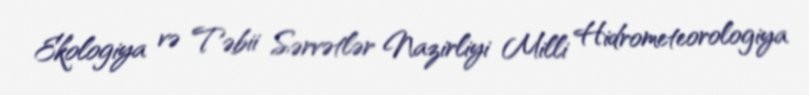
Ekologiya və Təbii Sərvətlər Nazirliyi Milli Hidrometeorologiya